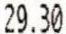
29.30